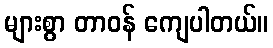
များစွာ တာဝန် ကျေပါတယ်။